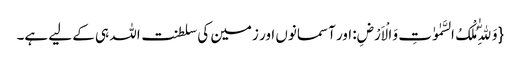
{وَ لِلّٰهِ مُلْکُ السَّمٰوٰتِ وَ الْاَرْضِ: اور آسمانوں اور زمین کی سلطنت اللہ ہی کے لیے ہے۔